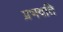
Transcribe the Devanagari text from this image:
प्रभवति